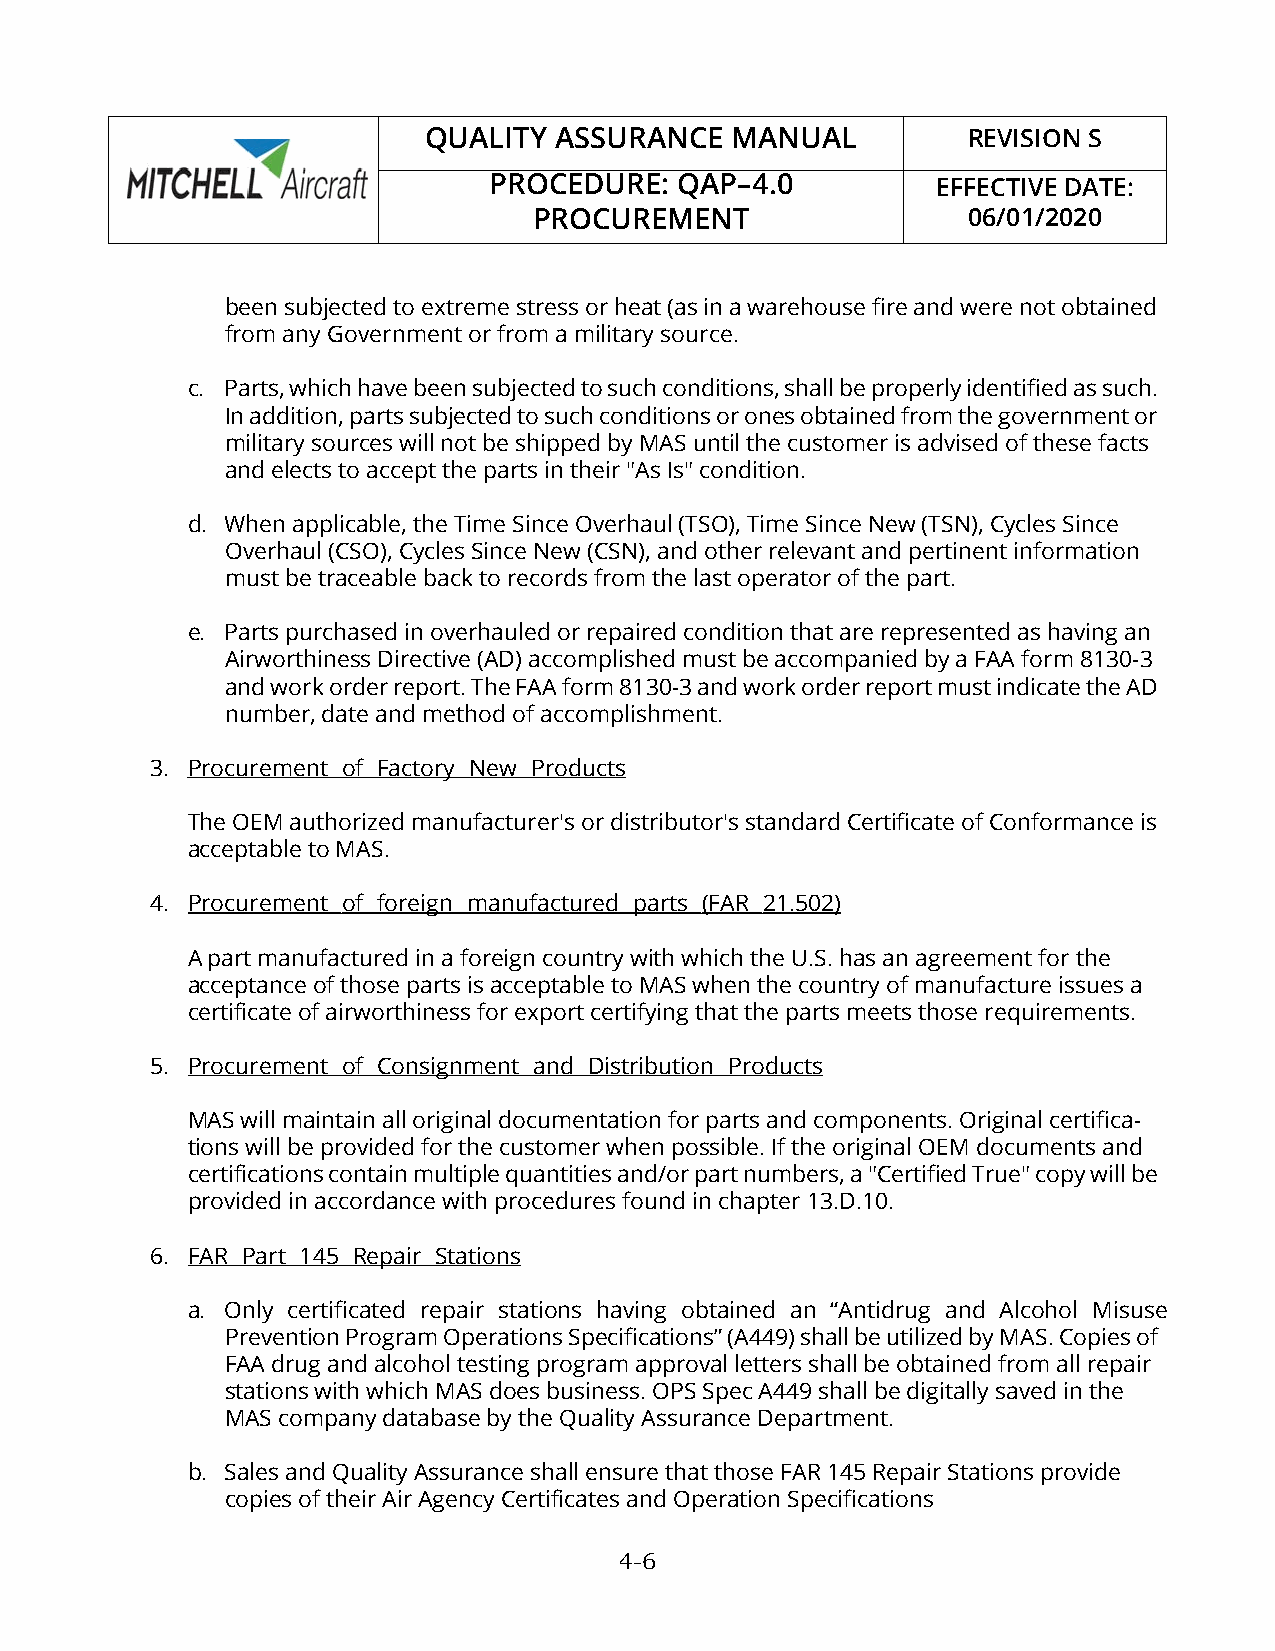
QUALITY  ASSURANCE  MANUAL          REVISION S
 PROCEDURE:   QAP–4.0          EFFECTIVE DATE:
 PROCUREMENT                  06/01/2020
 been subjected to extreme stress or heat (as in a warehouse fire and were not obtained
 from any Government or from a military source.
 c. Parts, which have been subjected to such conditions, shall be properly identified as such.
 In addition, parts subjected to such conditions or ones obtained from the government or
 military sources will not be shipped by MAS until the customer is advised of these facts
 and elects to accept the parts in their "As Is" condition.
 d. When applicable, the Time Since Overhaul (TSO), Time Since New (TSN), Cycles Since
 Overhaul (CSO), Cycles Since New (CSN), and other relevant and pertinent information
 must be traceable back to records from the last operator of the part.
 e. Parts purchased in overhauled or repaired condition that are represented as having an
 Airworthiness Directive (AD) accomplished must be accompanied by a FAA form 8130-3
 and work order report. The FAA form 8130-3 and work order report must indicate the AD
 number, date and method of accomplishment.
 3. Procurement of Factory New Products
 The OEM authorized manufacturer's or distributor's standard Certificate of Conformance is
 acceptable to MAS.
 4. Procurement of foreign manufactured parts (FAR 21.502)
 A part manufactured in a foreign country with which the U.S. has an agreement for the
 acceptance of those parts is acceptable to MAS when the country of manufacture issues a
 certificate of airworthiness for export certifying that the parts meets those requirements.
 5. Procurement of Consignment and Distribution Products
 MAS will maintain all original documentation for parts and components. Original certifica-
 tions will be provided for the customer when possible. If the original OEM documents and
 certifications contain multiple quantities and/or part numbers, a "Certified True" copy will be
 provided in accordance with procedures found in chapter 13.D.10.
 6. FAR Part 145 Repair Stations
 a. Only certificated repair stations having obtained an “Antidrug and Alcohol Misuse
 Prevention Program Operations Specifications” (A449) shall be utilized by MAS. Copies of
 FAA drug and alcohol testing program approval letters shall be obtained from all repair
 stations with which MAS does business. OPS Spec A449 shall be digitally saved in the
 MAS company database by the Quality Assurance Department.
 b. Sales and Quality Assurance shall ensure that those FAR 145 Repair Stations provide
 copies of their Air Agency Certificates and Operation Specifications
 4-6